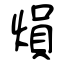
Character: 熉